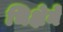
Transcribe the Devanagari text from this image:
भिक्षेनें